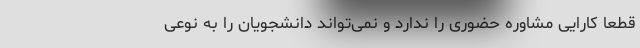
قطعا کارایی مشاوره حضوری را ندارد و نمی‌تواند دانشجویان را به نوعی